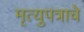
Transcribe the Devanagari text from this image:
मृत्युपत्राचे